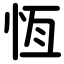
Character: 恆